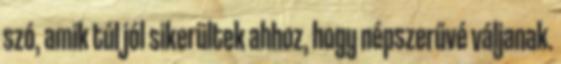
szó, amik túl jól sikerültek ahhoz, hogy népszerűvé váljanak.